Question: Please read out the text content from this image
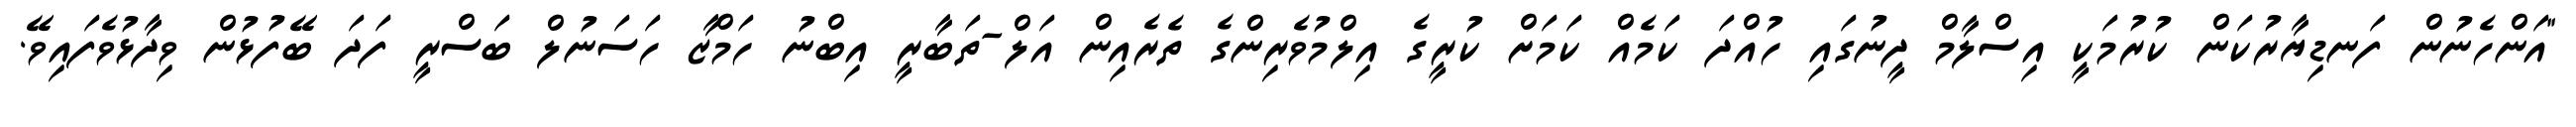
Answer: "އަންހެނުން ފަނޑިޔާރުކަން ކުރުމަކީ އިސްލާމް ދީނުގައި ހުއްދަ ކަމެއް ކަމަށް ކުރީގެ އިލްމުވެރިންގެ ތެރެއިން އަލް-ތަބާރީ އިބްނު ހަމްޒާ ހަސަނުލް ބަސްރީ ފަދަ ބޭފުޅުން ވިދާޅުވެފައިވޭ.